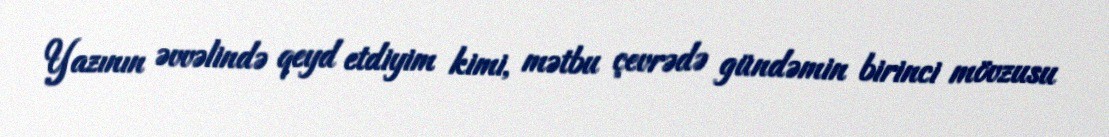
Yazının əvvəlində qeyd etdiyim kimi, mətbu çevrədə gündəmin birinci mövzusu